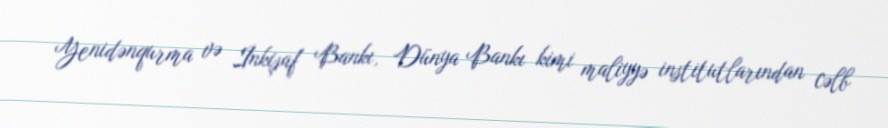
Yenidənqurma və İnkişaf Bankı, Dünya Bankı kimi maliyyə institutlarından cəlb